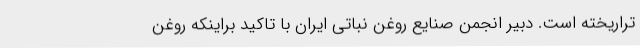
تراریخته است. دبیر انجمن صنایع روغن نباتی ایران با تاکید براینکه روغن